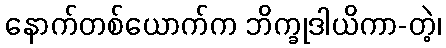
နောက်တစ်ယောက်က ဘိက္ခုဒါယိကာ-တဲ့၊